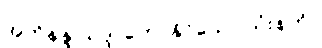
အဘိနန္ဒ-သဒ္ဒါ ဟောနိုင်သော သုံးနက်။